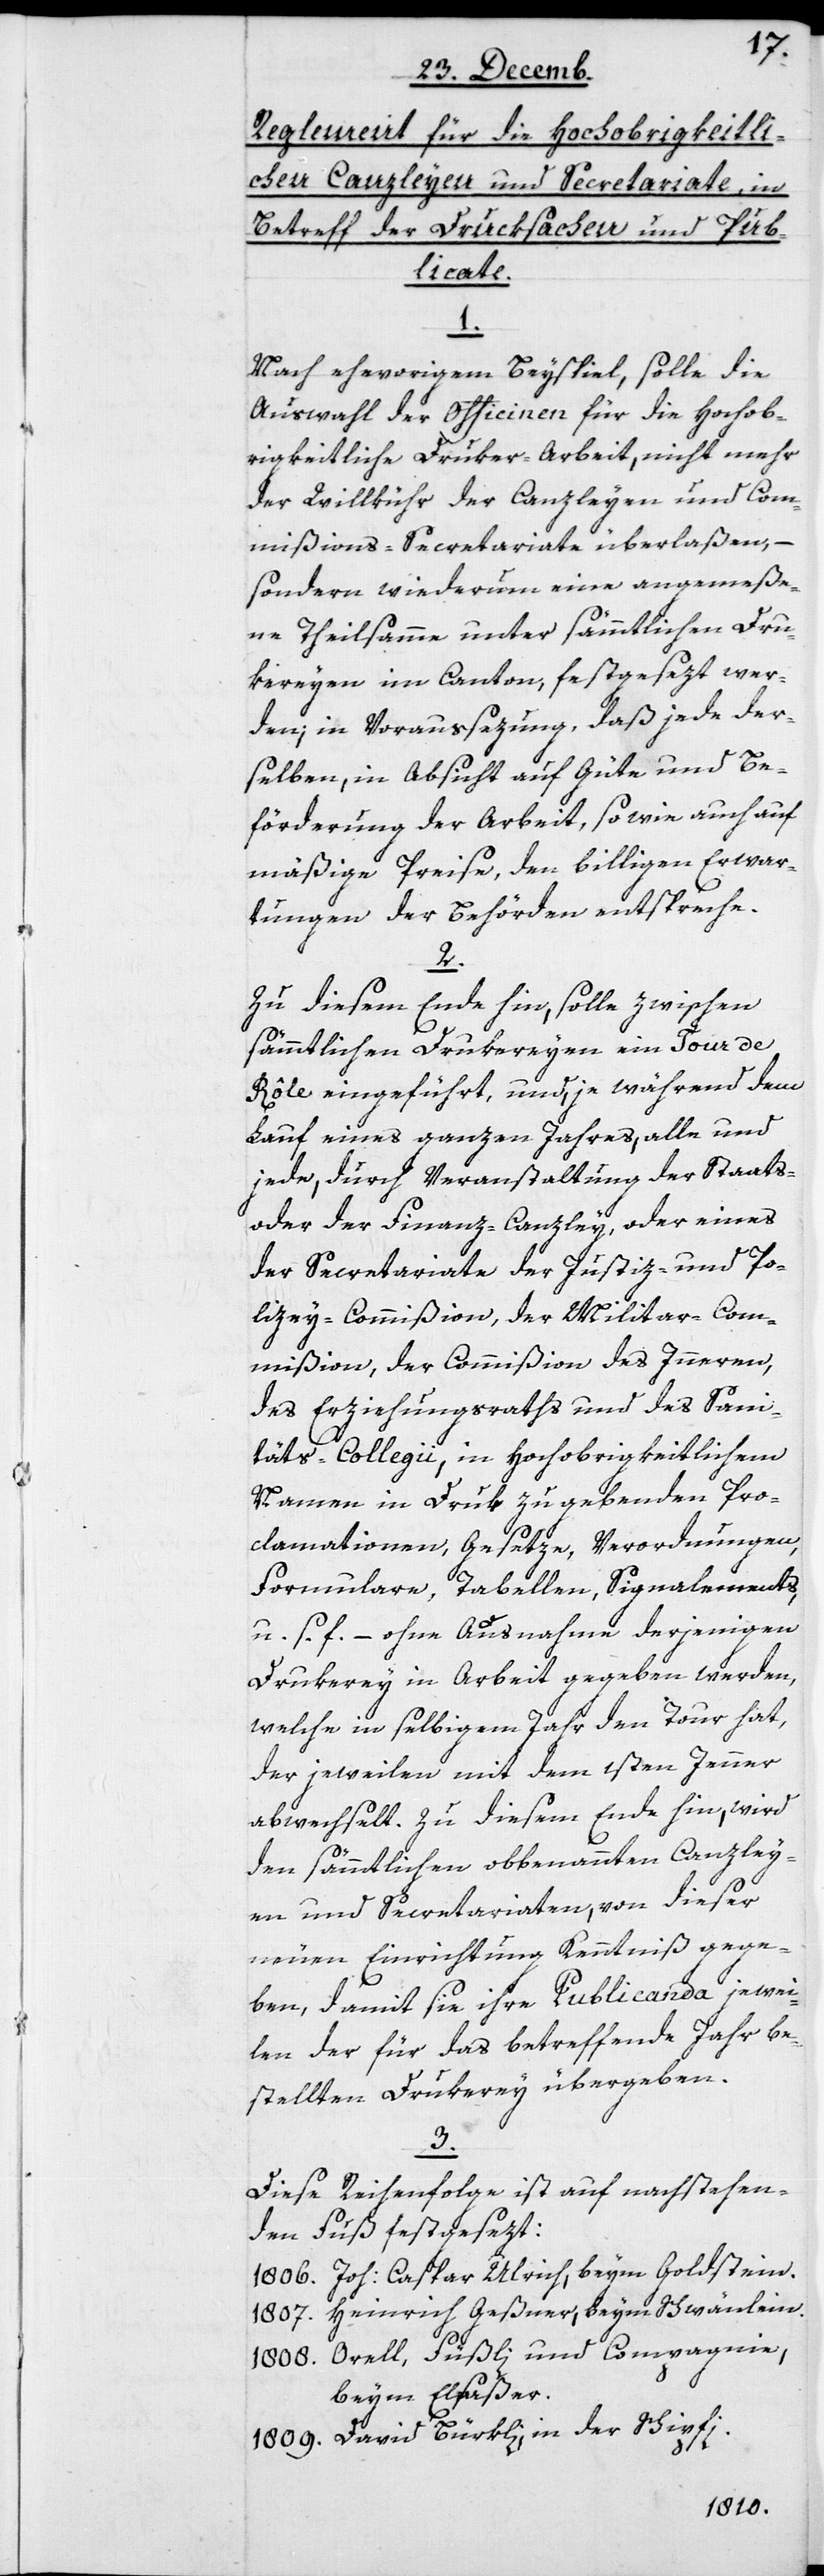
Reglement für die Hochobrigkeitli¬
chen Canzleyen und Secretariate, in
Betreff der Drucksachen und Pub¬
licate.
1.
Nach ehevorigem Beyspiel, solle die
Auswahl der Officinen für die Hochob¬
rigkeitliche Druker-Arbeit, nicht mehr
der Willkühr der Canzleyen und Com¬
mißions-Secretariate überlaßen, –
sondern wiederum eine angemeße¬
ne Theilsamme unter sämtlichen Dru¬
kereyen im Canton festgesetzt wer¬
den, in Voraussezung, daß jede der¬
selben, in Absicht auf Güte und Be¬
förderung der Arbeit, sowie auch auf
mäßige Preise, den billigen Erwar¬
tungen der Behörden entspreche.
2.
Zu diesem Ende hin, solle zwischen
sämmtlichen Drukereyen ein Tour de
Rôle eingeführt, und, je während dem
Lauf eines ganzen Jahres, alle und
jede, durch Veranstaltung der Staats-
oder der Finanz-Canzley. oder eines
der Secretariate der Justiz- und Po¬
lizey-Commißion, der Militar-Com¬
mißion, der Commißion des Inneren,
des Erziehungsraths und des Sani¬
täts-Collegii, in Hochobrigkeitlichem
Namen in Druk zu gebenden Pro¬
clamationen, Gesetze, Verordnungen,
Formulare, Tabellen, Signalements,
u. s. f. – ohne Ausnahme derjenigen
Drukerey in Arbeit gegeben werden,
welche in selbigem Jahr den Tour hat,
der jeweilen mit dem 1sten Jenner
abwechselt. Zu diesem Ende hin, wird
den sämmtlichen obbenannten Canzley¬
en und Secretariaten, von dieser
neuen Einrichtung Kenntniß gege¬
ben, damit sie ihre Publicanda jewei¬
len der für das betreffende Jahr be¬
stellten Druckerey übergeben.
3.
Diese Reihenfolge ist auf nachstehen¬
den Fuß festgesezt:
1806. Joh. Caspar Ulrich, beym Goldstein.
1807. Heinrich Geßner, beym Schwänlein.
1808. Orell, Füßli und Compagnie,
beym Elsäßer.
1809. David Bürkli, in der Schipfi.